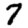
Digit: 7